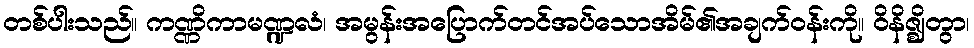
တစ်ပါးသည်။ ကဏ္ဏိကာမဏ္ဍလံ၊ အမွန်းအပြောက်တင်အပ်သောအိမ်၏အချက်ဝန်းကို။ ဝိနိဇ္ဈိတွာ၊